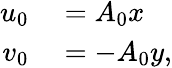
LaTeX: \begin{array}{rl}{u_{0}}&{{}=A_{0}x}\\ {v_{0}}&{{}=-A_{0}y,}\end{array}